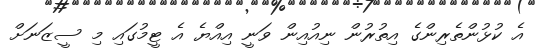
އެ ކުޅުންތެރިންގެ އިތުރުން ނިއުއިން ވަނީ އިއްޔެ އެ ޓީމުގައި މި ސީޒަނަށް